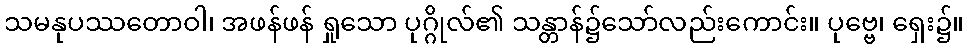
သမနုပဿတောဝါ၊ အဖန်ဖန် ရှုသော ပုဂ္ဂိုလ်၏ သန္တာန်၌သော်လည်းကောင်း။ ပုဗ္ဗေ၊ ရှေး၌။